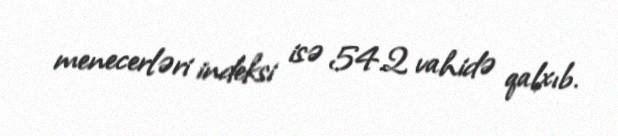
menecerləri indeksi isə 54.2 vahidə qalxıb.